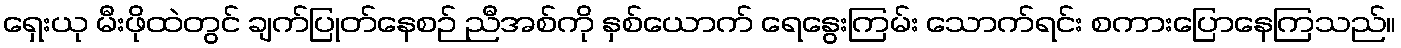
ရှေးယု မီးဖိုထဲတွင် ချက်ပြုတ်နေစဉ် ညီအစ်ကို နှစ်ယောက် ရေနွေးကြမ်း သောက်ရင်း စကားပြောနေကြသည်။